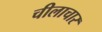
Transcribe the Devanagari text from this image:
चीलाचार